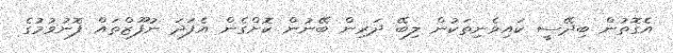
އެގޮތުން ބިދޭސީ ކައިވެނިތަކުން ލިބޭ ދަރިން ބޭނުން ކޮށްގެން އެފަދަ ނުފޫޒްތައް ފޮނުވުމުގެ